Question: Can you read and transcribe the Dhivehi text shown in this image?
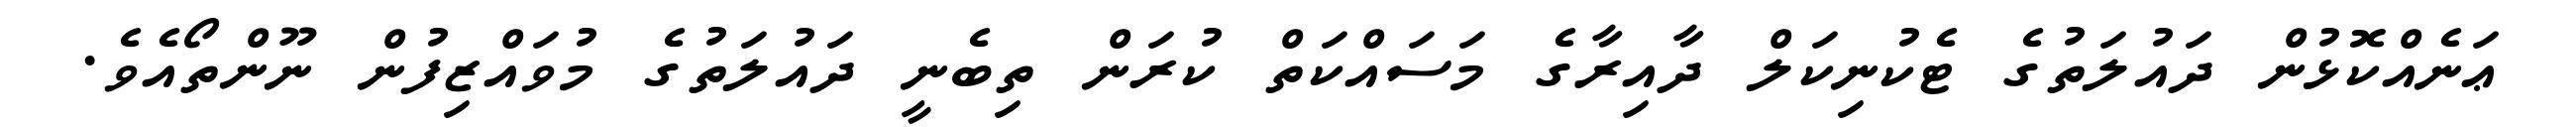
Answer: ޢަނެއްކޮޅުން ދައުލަތުގެ ޓެކުނިކަލް ދާއިރާގެ މަސައްކަތް ކުރަން ތިބެނީ ދައުލަތުގެ މުވައްޒިފުން ނޫންތޯއެވެ.